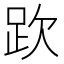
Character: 𧿞